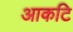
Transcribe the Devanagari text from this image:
आकटि